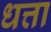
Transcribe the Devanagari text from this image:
धत्ता